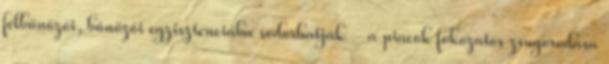
félbűnözői, bűnözői egzisztenciába sodorhatják - a piacok fokozatos zsugorodása